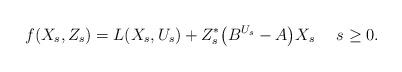
LaTeX: \begin{align*}f(X_s,Z_s) = L(X_s,U_s) + Z_s^{\ast}\big(B^{U_s} - A\big)X_s \ \ \ \ s \geq 0.\end{align*}